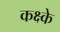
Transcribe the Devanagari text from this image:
कक्ष्के